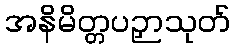
အနိမိတ္တပဉှာသုတ်